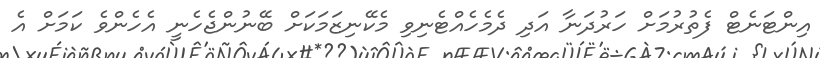
އިންޓަނެޓް ފެތުރުމަށް ހަރުދަނާ އަދި ދެމެހެއްޓެނިވި މެކޭނިޒަމަކަށް ބޭނުންޖެހެނީ އެހެންވެ ކަމަށް އެ